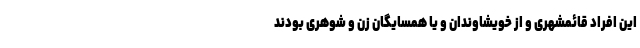
این افراد قائمشهری و از خویشاوندان و یا همسایگان زن و شوهری بودند